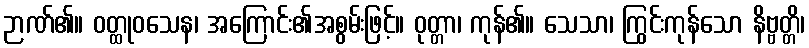
ဉာဏ်၏။ ဝတ္ထုဝသေန၊ အကြောင်း၏အစွမ်းဖြင့်။ ဝုတ္တာ၊ ကုန်၏။ သေသာ၊ ကြွင်းကုန်သော နိဗ္ဗတ္တိ၊